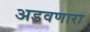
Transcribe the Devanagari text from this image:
अडवणारा